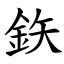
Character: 鉃